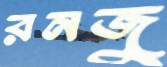
রনজু